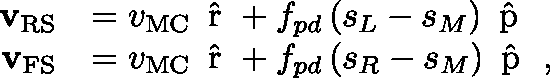
\begin{array} { r l } { \mathbf { v } _ { \mathrm { R S } } } & { = v _ { \mathrm { M C } } \, { \mathrm { \boldmath ~ \hat { r } ~ \unboldmath } } + f _ { p d } \, ( s _ { L } - s _ { M } ) \, { \mathrm { \boldmath ~ \hat { p } ~ \unboldmath } } } \\ { \mathbf { v } _ { \mathrm { F S } } } & { = v _ { \mathrm { M C } } \, { \mathrm { \boldmath ~ \hat { r } ~ \unboldmath } } + f _ { p d } \, ( s _ { R } - s _ { M } ) \, { \mathrm { \boldmath ~ \hat { p } ~ \unboldmath } } \ , } \end{array}